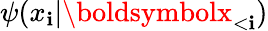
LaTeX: \psi(x_{\mathbf{i}}|\boldsymbolx_{<\mathbf{i}})